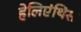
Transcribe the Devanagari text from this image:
हेलिएंथिस